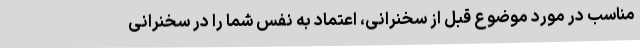
مناسب در مورد موضوع قبل از سخنرانی، اعتماد به نفس شما را در سخنرانی